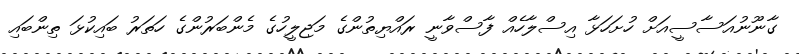
ގާނޫނުއަސާސީއަށް ހުށަހަޅާ އިސްލާހެއް ފާސްވާނީ ރައްޔިތުންގެ މަޖިލީހުގެ މެންބަރުންގެ ހަތަރު ބައިކުޅަ ތިންބައި